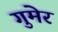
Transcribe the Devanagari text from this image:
गुमेर